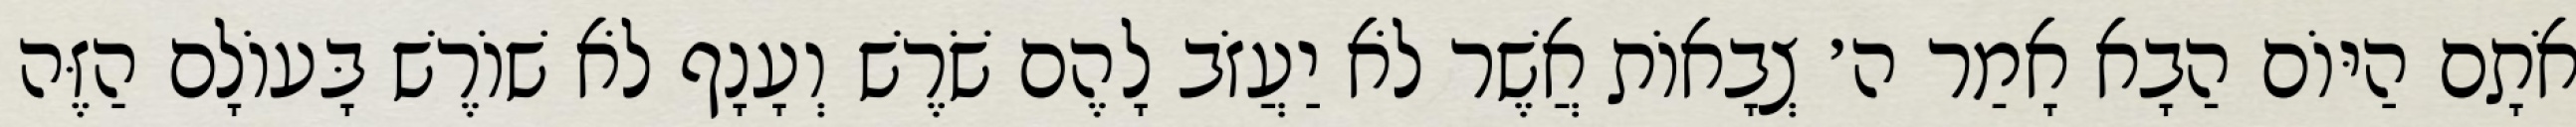
אֹתָם הַיּוֹם הַבָא אָמַר ה׳ צְבָאוֹת אֲשֶׁר לֹא יַעֲזֹב לָהֶם שֹׁרֶשׁ וְעָנָף לֹא שׁוֹרֶשׁ בָּעוֹלָם הַזֶּה